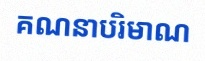
គណនាបរិមាណ